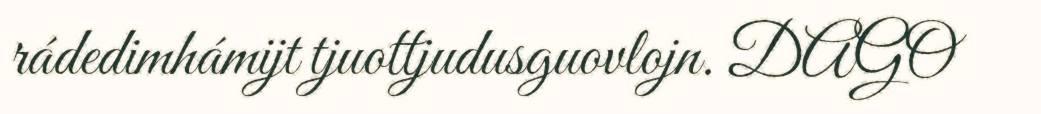
rádedimhámijt tjuottjudusguovlojn. DAGO